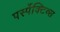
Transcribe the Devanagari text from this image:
पर्स्पेक्टिव्स